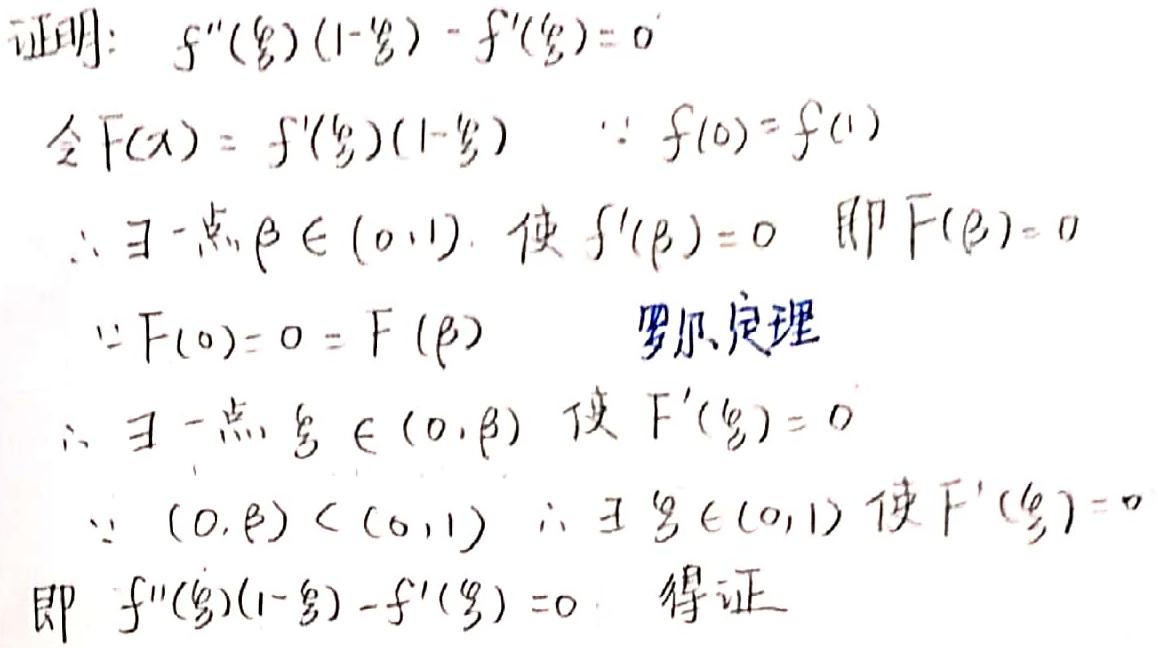
证明：$f''(\xi)(1 - \xi) - f'(\xi) = 0$

令$F(x)=f'(\xi)(1 - \xi)$ $\because f(0)=f(1)$

$\therefore \exists$一点$\beta\in(0,1)$，使$f'(\beta)=0$ 即$F(\beta)=0$

$\because F(0)=0=F(\beta)$ 罗尔定理

$\therefore \exists$一点$\xi\in(0,\beta)$ 使$F'(\xi)=0$

$\because (0,\beta)\subset(0,1)$ $\therefore \exists \xi\in(0,1)$使$F'(\xi)=0$

即$f''(\xi)(1 - \xi) - f'(\xi)=0$ 得证